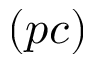
( p c )